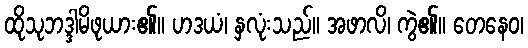
ထိုသုဘဒ္ဒါမိဖုယား၏။ ဟဒယံ၊ နှလုံးသည်။ အဖာလိ၊ ကွဲ၏။ တေနေဝ၊